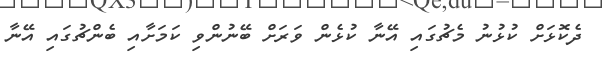
ދެކޮޅަށް ކުޅުނު މެޗުގައި އޭނާ ކުޅެން ވަރަށް ބޭނުންވި ކަމަށާއި ބެންޗުގައި އޭނާ